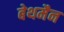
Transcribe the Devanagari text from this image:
बेथमैन